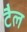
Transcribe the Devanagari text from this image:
टैल